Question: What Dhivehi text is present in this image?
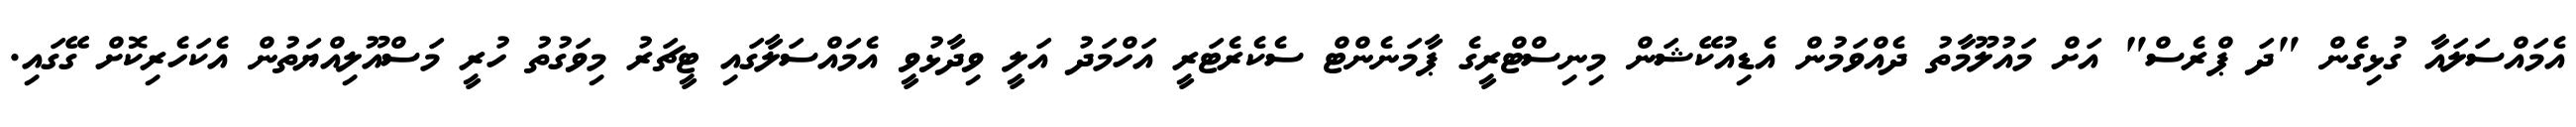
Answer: އެމައްސަލައާ ގުޅިގެން "ދަ ޕްރެސް" އަށް މައުލޫމާތު ދެއްވަމުން އެޑިއުކޭޝަން މިނިސްޓްރީގެ ޕާމަނެންޓް ސެކެރެޓަރީ އަހްމަދު އަލީ ވިދާޅުވީ އެމައްސަލާގައި ޓީޗަރު މިވަގުތު ހުރީ މަސްއޫލިއްޔަތުން އެކަހެރިކޮށް ގޭގައި.